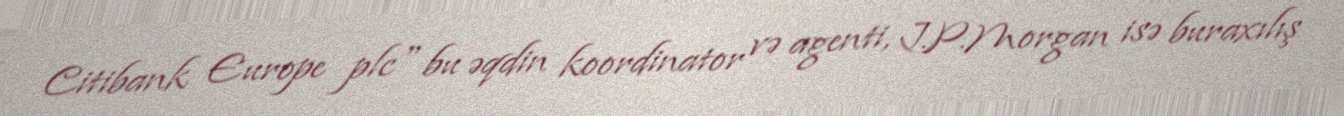
Citibank Europe plc" bu əqdin koordinator və agenti, J.P.Morgan isə buraxılış